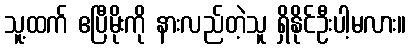
သူ့ထက် ဧပြီမိုးကို နားလည်တဲ့သူ ရှိနိုင်ဦးပါ့မလား။